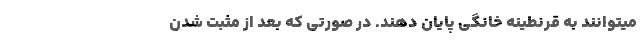
میتوانند به قرنطینه خانگی پایان دهند. در صورتی که بعد از مثبت شدن